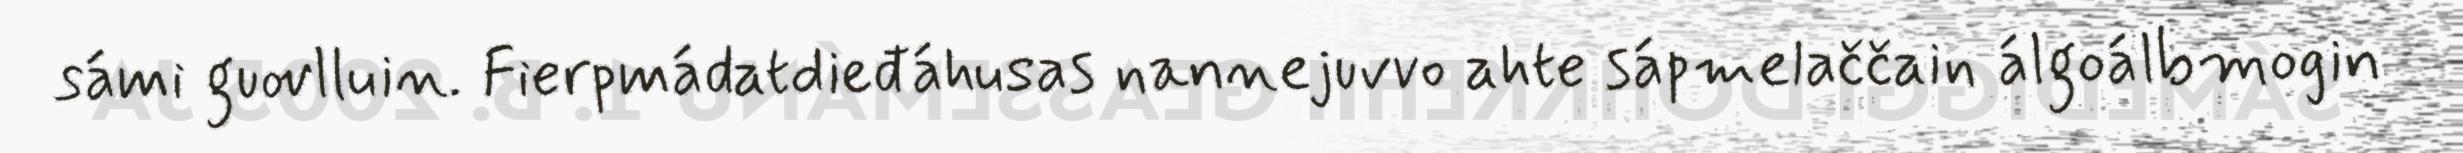
sámi guovlluin. Fierpmádatdieđáhusas nannejuvvo ahte sápmelaččain álgoálbmogin